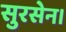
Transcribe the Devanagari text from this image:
सुरसेन।